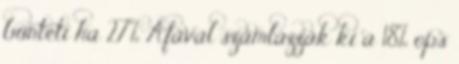
bünteti ha 27% Áfával számlázzák ki a 18% ops